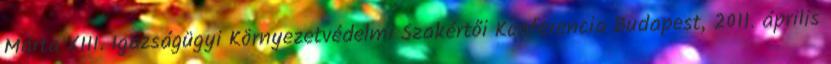
Márta XIII. Igazságügyi Környezetvédelmi Szakértői Konferencia Budapest, 2011. április